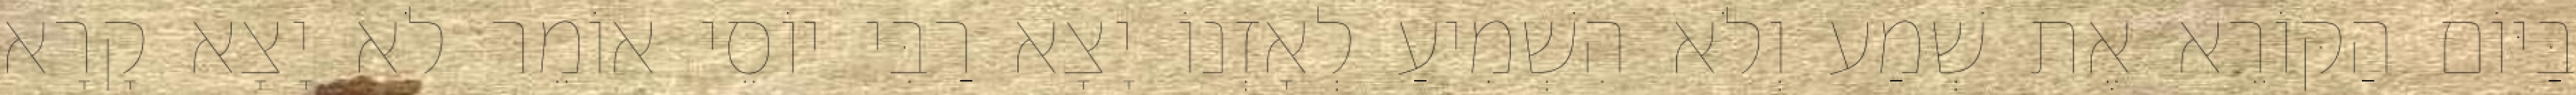
בַּיּוֹם הַקּוֹרֵא אֶת שְׁמַע וְלֹא הִשְׁמִיעַ לְאָזְנוֹ יָצָא רַבִּי יוֹסֵי אוֹמֵר לֹא יָצָא קָרָא